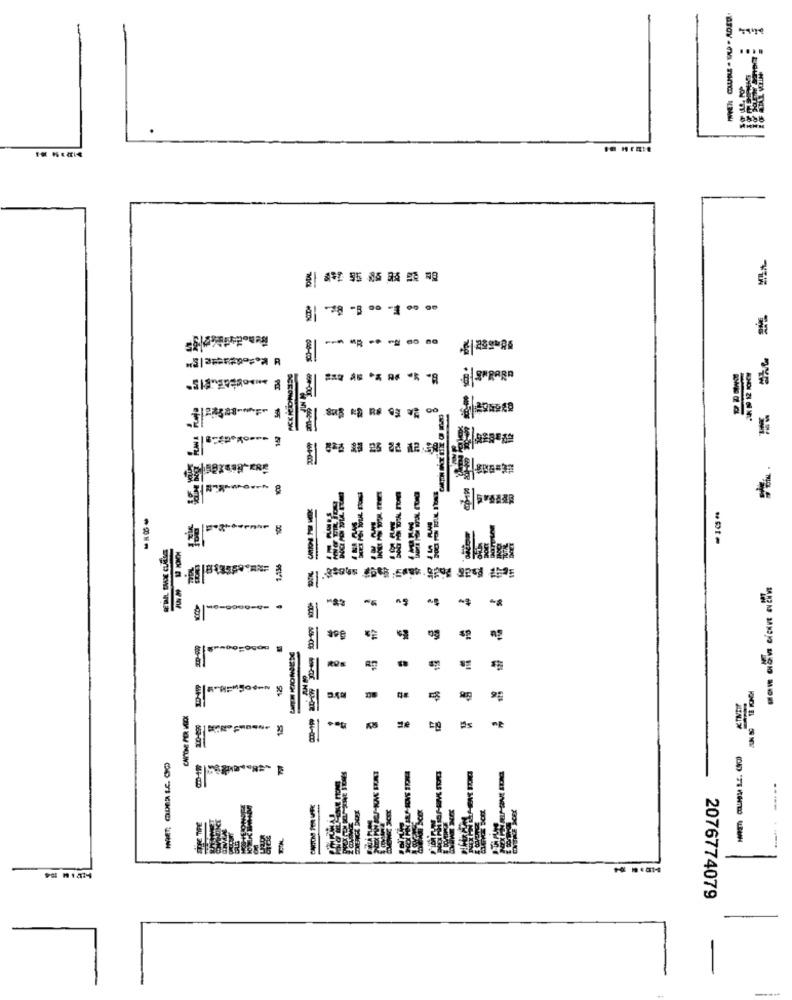
----
---
BusPOR
-
---- - --
9# #14:4
2076774079